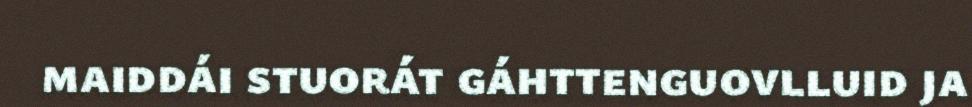
maiddái stuorát gáhttenguovlluid ja